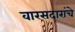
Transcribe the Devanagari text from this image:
वारसदारांचे